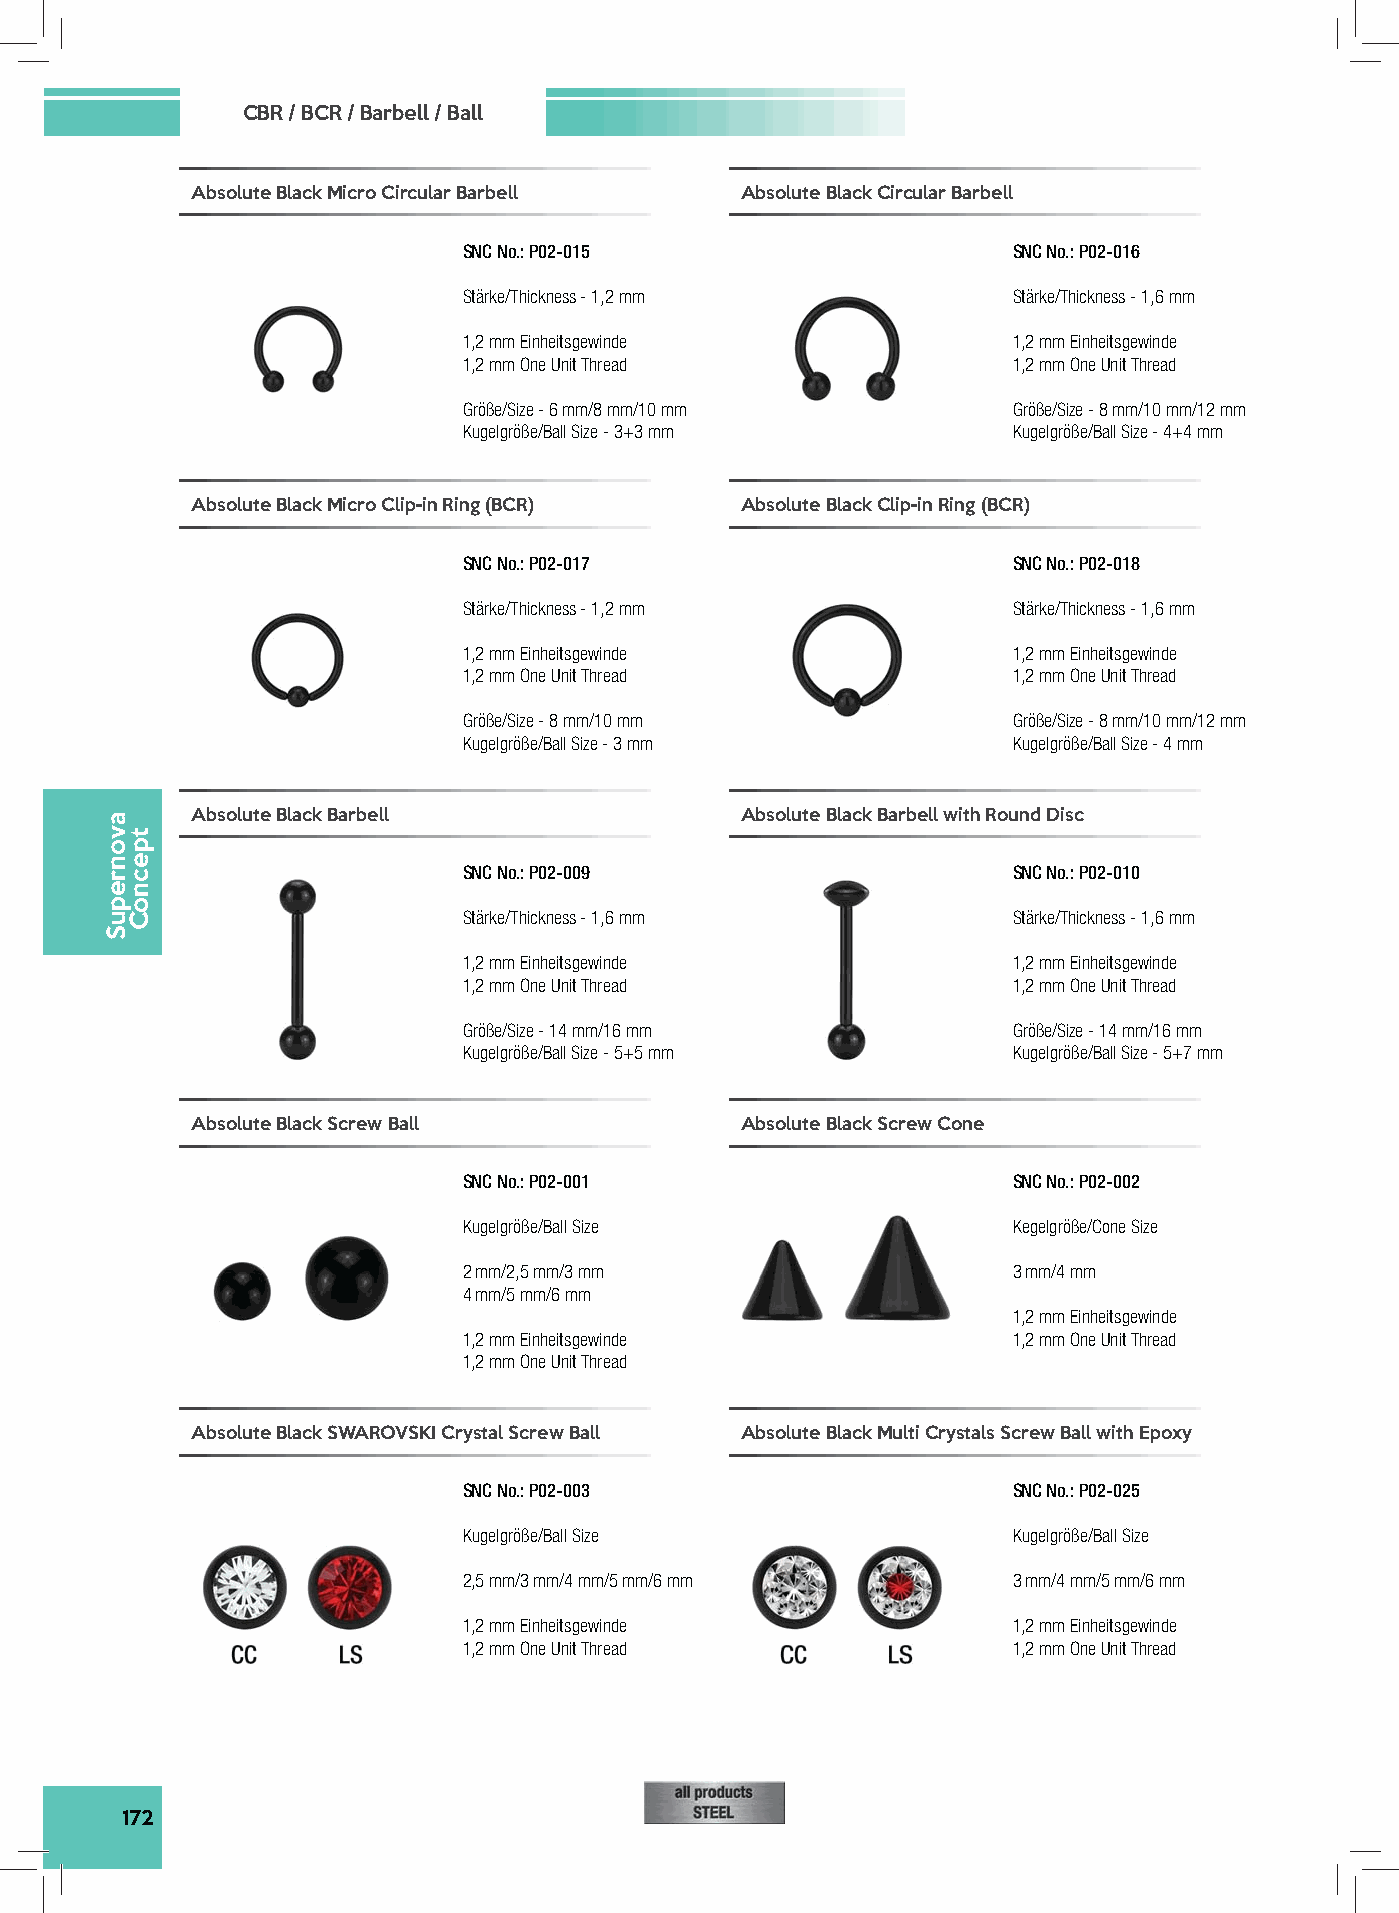
CBR / BCR / Barbell / Ball
 Absolute Black Micro Circular Barbell Absolute Black Circular Barbell
 SNC No.: P02-015                    SNC No.: P02-016
 Stärke/Thickness - 1,2 mm           Stärke/Thickness - 1,6 mm
 1,2 mm Einheitsgewinde              1,2 mm Einheitsgewinde
 1,2 mm One Unit Thread              1,2 mm One Unit Thread
 Größe/Size - 6 mm/8 mm/10 mm        Größe/Size - 8 mm/10 mm/12 mm
 Kugelgröße/Ball Size - 3+3 mm       Kugelgröße/Ball Size - 4+4 mm
 Absolute Black Micro Clip-in Ring (BCR) Absolute Black Clip-in Ring (BCR)
 SNC No.: P02-017                    SNC No.: P02-018
 Stärke/Thickness - 1,2 mm           Stärke/Thickness - 1,6 mm
 1,2 mm Einheitsgewinde              1,2 mm Einheitsgewinde
 1,2 mm One Unit Thread              1,2 mm One Unit Thread
 Größe/Size - 8 mm/10 mm             Größe/Size - 8 mm/10 mm/12 mm
 Kugelgröße/Ball Size - 3 mm         Kugelgröße/Ball Size - 4 mm
 Absolute Black Barbell              Absolute Black Barbell with Round Disc
 SNC No.: P02-009                    SNC No.: P02-010
 Stärke/Thickness - 1,6 mm           Stärke/Thickness - 1,6 mm
 1,2 mm Einheitsgewinde              1,2 mm Einheitsgewinde
 1,2 mm One Unit Thread              1,2 mm One Unit Thread
 Größe/Size - 14 mm/16 mm            Größe/Size - 14 mm/16 mm
 Kugelgröße/Ball Size - 5+5 mm       Kugelgröße/Ball Size - 5+7 mm
 Absolute Black Screw Ball           Absolute Black Screw Cone
 SNC No.: P02-001                    SNC No.: P02-002
 Kugelgröße/Ball Size                Kegelgröße/Cone Size
 2 mm/2,5 mm/3 mm                    3 mm/4 mm
 4 mm/5 mm/6 mm
 1,2 mm Einheitsgewinde
 1,2 mm Einheitsgewinde              1,2 mm One Unit Thread
 1,2 mm One Unit Thread
 Absolute Black SWAROVSKI Crystal Screw Ball Absolute Black Multi Crystals Screw Ball with Epoxy
 SNC No.: P02-003                    SNC No.: P02-025
 Kugelgröße/Ball Size                Kugelgröße/Ball Size
 2,5 mm/3 mm/4 mm/5 mm/6 mm          3 mm/4 mm/5 mm/6 mm
 1,2 mm Einheitsgewinde              1,2 mm Einheitsgewinde
 1,2 mm One Unit Thread              1,2 mm One Unit Thread
 172
 avonrepuS
 tpecnoC